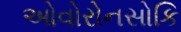
ઓવોરોનસોકિ